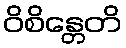
ဝိစိန္တေတိ